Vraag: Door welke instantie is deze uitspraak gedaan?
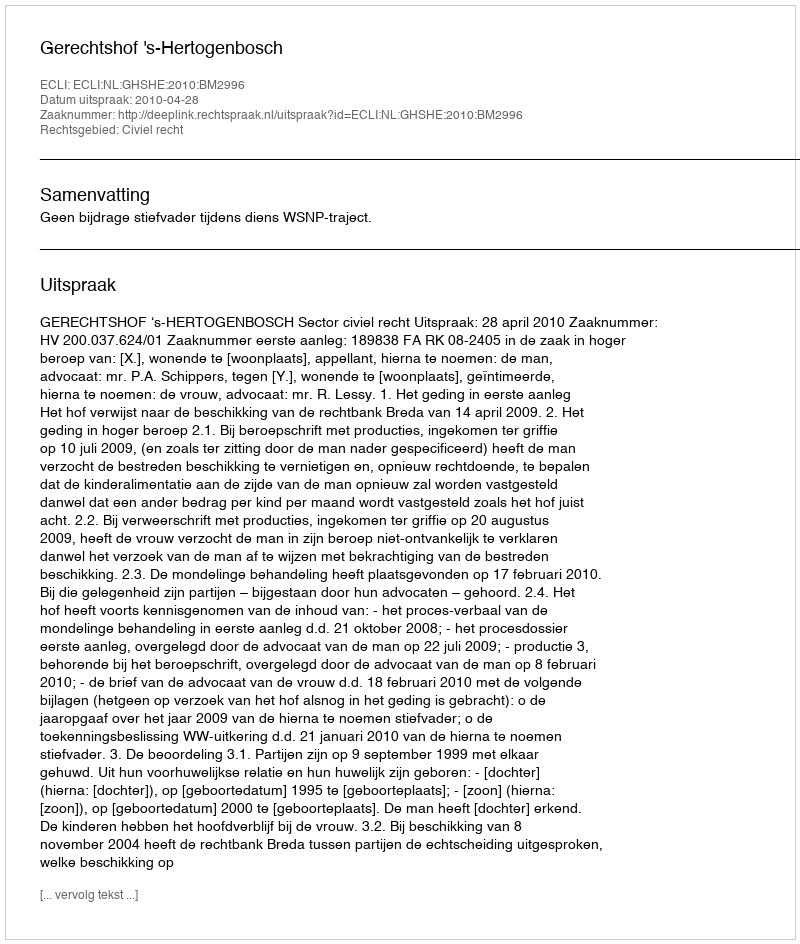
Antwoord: Gerechtshof 's-Hertogenbosch